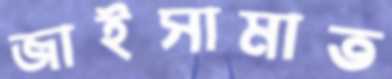
জাইসামাত